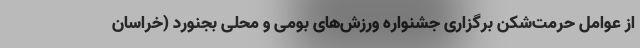
از عوامل حرمت‌شکن برگزاری جشنواره ورزش‌های بومی و محلی بجنورد (خراسان